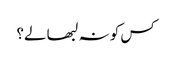
کس کو نہ لبھا لے؟